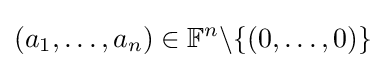
(a_{1},\dots ,a_{n})\in \mathbb {F} ^{n}\backslash \{(0,\dots ,0)\}